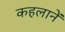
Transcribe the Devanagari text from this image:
कहलानें